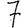
Digit: 7